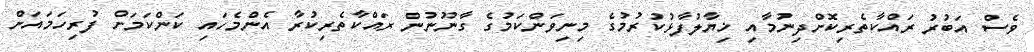
ވެސް އަބުރު ރައްކާތެރިކޮށްދިނުމާއި ޚިޔާލުފާޅުކުރުމުގެ މިނިވަންކަމުގެ ގާނޫނުން ރައްކާތެރިކުރާ އެންމެހައި ކަންކަމަށް ފުރިހަމައަށް